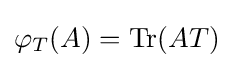
\varphi _{T}(A)=\operatorname {Tr} (AT)